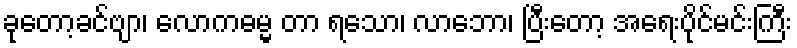
ခုတော့ခင်ဗျာ၊ လောကဓမ္မ တာ ရသော၊ လာဘော၊ ပြီးတော့ အရေးပိုင်မင်းကြီး